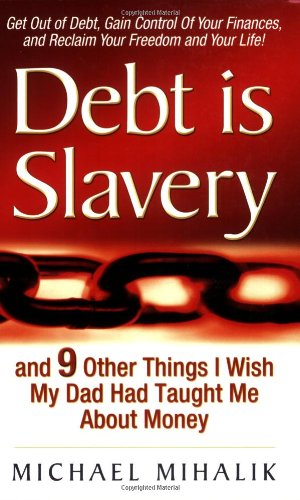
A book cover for Debt is Slavery: and 9 Other Things I Wish My Dad Had Taught Me About Money; Michael Mihalik; Business & Money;